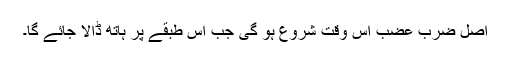
اصل ضرب عضب اس وقت شروع ہو گی جب اس طبقے پر ہاتھ ڈالا جائے گا۔